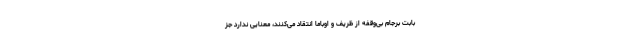
بابت برجام بی‌وقفه از ظریف و اوباما انتقاد می‌کنند، معنایی ندارد جز